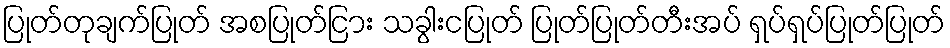
ပြုတ်တုချက်ပြုတ် အစပြုတ်ငြား သခွါးငပြုတ် ပြုတ်ပြုတ်တီးအပ် ရှပ်ရှပ်ပြုတ်ပြုတ်